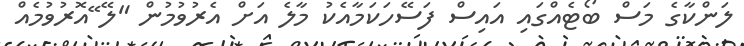
ލަންކާގެ މަސް ބޯޓެއްގައި އައިސް ފަސޭހަކަމާއެކު މާލެ އަށް އެރުވުމުން "ލޭ ޭއޮރުވުމެއް